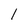
Character: 1